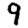
Digit: 9